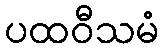
ပထဝီသမံ